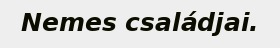
Nemes családjai.